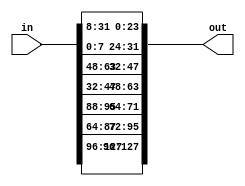
`timescale 1ns / 1ps
//////////////////////////////////////////////////////////////////////////////////
// Company: hanyang Univ.
// 


//ShiftRows
//( 1 2 3 4 )      not changed
//( 2 3 4 1 )      Circular <<1
//( 3 4 1 2 )      Circular <<2
//( 4 1 2 3 )      Circular <<3
//////////////////////////////////////////////////////////////////////////////////


module ShiftRow(in,out);
    input [127:0] in;
    output [127:0] out;
    reg [127:0] out;
    integer i;
    always@(in) begin
//  store start from LSB to MSB

/*
    out[31:0]=in[31:0];
    out[63:32]={in[39:32],in[63:56],in[55:48],in[47:40]};
    out[95:64]={in[79:72],in[71:64],in[95:88],in[87:80]};
    out[127:96]={in[119:112],in[111:104],in[103:96],in[127:120]};
    */
    
// store start from MSB to LSB
    out[127:96]=in[127:96];
    out[95:64]={in[87:80],in[79:72],in[71:64],in[95:88]};
    out[63:32]={in[47:40],in[39:32],in[63:56],in[55:48]};
    out[31:0]={in[7:0],in[31:24],in[23:16],in[15:8]};
    
    end
endmodule